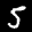
Label: 5